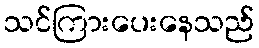
သင်ကြားပေးနေသည်